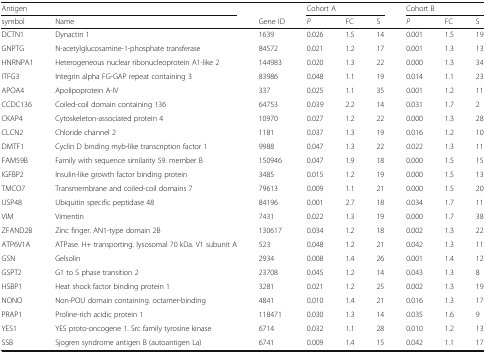
<table><thead><tr><td colspan="2"><b>Antigen</b></td><td></td><td colspan="3"><b>Cohort A</b></td><td colspan="3"><b>Cohort B</b></td></tr><tr><td><b>symbol</b></td><td><b>Name</b></td><td><b>Gene ID</b></td><td><b><i>P</i></b></td><td><b>FC</b></td><td><b>S</b></td><td><b><i>P</i></b></td><td><b>FC</b></td><td><b>S</b></td></tr></thead><tbody><tr><td>DCTN1</td><td>Dynactin 1</td><td>1639</td><td>0.026</td><td>1.5</td><td>14</td><td>0.001</td><td>1.5</td><td>19</td></tr><tr><td>GNPTG</td><td>N-acetylglucosamine-1-phosphate transferase</td><td>84572</td><td>0.021</td><td>1.2</td><td>17</td><td>0.001</td><td>1.3</td><td>13</td></tr><tr><td>HNRNPA1</td><td>Heterogeneous nuclear ribonucleoprotein A1-like 2</td><td>144983</td><td>0.020</td><td>1.3</td><td>22</td><td>0.000</td><td>1.3</td><td>34</td></tr><tr><td>ITFG3</td><td>Integrin alpha FG-GAP repeat containing 3</td><td>83986</td><td>0.048</td><td>1.1</td><td>19</td><td>0.014</td><td>1.1</td><td>23</td></tr><tr><td>APOA4</td><td>Apolipoprotein A-IV</td><td>337</td><td>0.025</td><td>1.1</td><td>35</td><td>0.001</td><td>1.2</td><td>11</td></tr><tr><td>CCDC136</td><td>Coiled-coil domain containing 136</td><td>64753</td><td>0.039</td><td>2.2</td><td>14</td><td>0.031</td><td>1.7</td><td>2</td></tr><tr><td>CKAP4</td><td>Cytoskeleton-associated protein 4</td><td>10970</td><td>0.027</td><td>1.2</td><td>22</td><td>0.000</td><td>1.3</td><td>28</td></tr><tr><td>CLCN2</td><td>Chloride channel 2</td><td>1181</td><td>0.037</td><td>1.3</td><td>19</td><td>0.016</td><td>1.2</td><td>10</td></tr><tr><td>DMTF1</td><td>Cyclin D binding myb-like transcription factor 1</td><td>9988</td><td>0.047</td><td>1.3</td><td>22</td><td>0.022</td><td>1.3</td><td>11</td></tr><tr><td>FAM59B</td><td>Family with sequence similarity 59. member B</td><td>150946</td><td>0.047</td><td>1.9</td><td>18</td><td>0.000</td><td>1.5</td><td>15</td></tr><tr><td>IGFBP2</td><td>Insulin-like growth factor binding protein</td><td>3485</td><td>0.015</td><td>1.2</td><td>19</td><td>0.000</td><td>1.5</td><td>13</td></tr><tr><td>TMCO7</td><td>Transmembrane and coiled-coil domains 7</td><td>79613</td><td>0.009</td><td>1.1</td><td>21</td><td>0.000</td><td>1.5</td><td>20</td></tr><tr><td>USP48</td><td>Ubiquitin specific peptidase 48</td><td>84196</td><td>0.001</td><td>2.7</td><td>18</td><td>0.034</td><td>1.7</td><td>11</td></tr><tr><td>VIM</td><td>Vimentin</td><td>7431</td><td>0.022</td><td>1.3</td><td>19</td><td>0.000</td><td>1.7</td><td>38</td></tr><tr><td>ZFAND2B</td><td>Zinc finger. AN1-type domain 2B</td><td>130617</td><td>0.034</td><td>1.2</td><td>18</td><td>0.002</td><td>1.3</td><td>22</td></tr><tr><td>ATP6V1A</td><td>ATPase. H+ transporting. lysosomal 70 kDa. V1 subunit A</td><td>523</td><td>0.048</td><td>1.2</td><td>21</td><td>0.042</td><td>1.3</td><td>11</td></tr><tr><td>GSN</td><td>Gelsolin</td><td>2934</td><td>0.008</td><td>1.4</td><td>26</td><td>0.001</td><td>1.4</td><td>12</td></tr><tr><td>GSPT2</td><td>G1 to S phase transition 2</td><td>23708</td><td>0.045</td><td>1.2</td><td>14</td><td>0.043</td><td>1.3</td><td>8</td></tr><tr><td>HSBP1</td><td>Heat shock factor binding protein 1</td><td>3281</td><td>0.021</td><td>1.2</td><td>25</td><td>0.002</td><td>1.3</td><td>19</td></tr><tr><td>NONO</td><td>Non-POU domain containing. octamer-binding</td><td>4841</td><td>0.010</td><td>1.4</td><td>21</td><td>0.016</td><td>1.3</td><td>17</td></tr><tr><td>PRAP1</td><td>Proline-rich acidic protein 1</td><td>118471</td><td>0.030</td><td>1.3</td><td>14</td><td>0.035</td><td>1.6</td><td>9</td></tr><tr><td>YES1</td><td>YES proto-oncogene 1. Src family tyrosine kinase</td><td>6714</td><td>0.032</td><td>1.1</td><td>28</td><td>0.010</td><td>1.2</td><td>13</td></tr><tr><td>SSB</td><td>Sjogren syndrome antigen B (autoantigen La)</td><td>6741</td><td>0.009</td><td>1.4</td><td>15</td><td>0.042</td><td>1.1</td><td>17</td></tr></tbody></table>